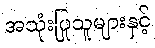
အသုံးပြုသူများနှင့်